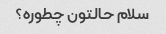
سلام حالتون چطوره؟